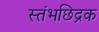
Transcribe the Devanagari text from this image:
स्तंभछिद्रक